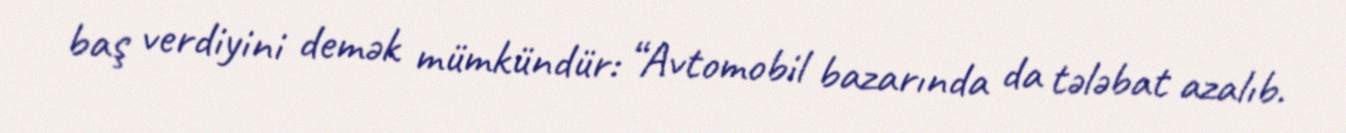
baş verdiyini demək mümkündür: “Avtomobil bazarında da tələbat azalıb.